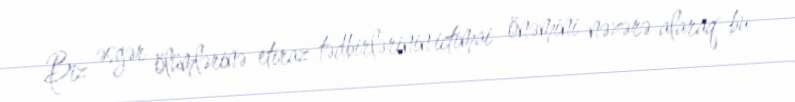
Biz əsgər ölümlərinə etiraz tədbirlərinin ictimai önəmini nəzərə alaraq bu